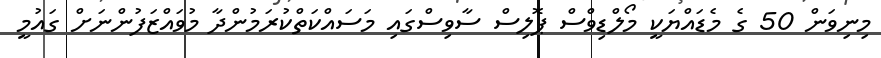
މިނިވަން 50 ގެ މެޑައްޔަކީ މޯލްޑިވްސް ޕޮލިސް ސާވިސްގައި މަސައްކަތްކުރަމުންދާ މުވައްޒަފުންނަށް ގައުމީ